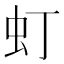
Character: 虰